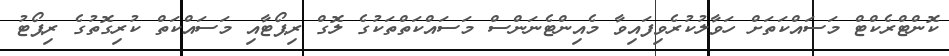
ކޮންޓްރެކްޓް މަސައްކަތަށް ހަވާލުކުރެވިފައިވާ މެއިންޓެނަންސް މަސައްކަތްތަކުގެ ލޮގް ރިޕޯޓާއި މަސައްކަތް ކުރިގޮތުގެ ރިޕޯޓު